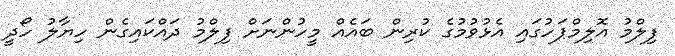
ފިލްމު އޮލިމްޕަހުގައި އެޅުވުމުގެ ކުރިން ބައެއް މީހުންނަށް ފިލްމު ދައްކައިގެން ހިޔާލު ހޯދީ